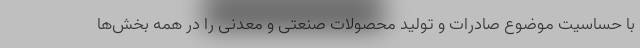
با حساسیت موضوع صادرات و تولید محصولات صنعتی و معدنی را در همه بخش‌ها